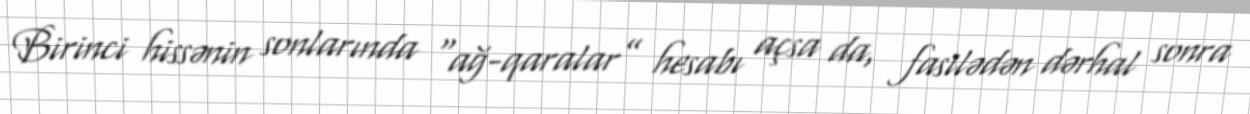
Birinci hissənin sonlarında “ağ-qaralar” hesabı açsa da, fasilədən dərhal sonra